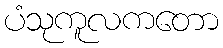
ပံသုကူလကတော